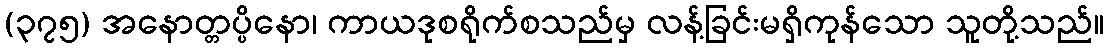
(၃၇၅) အနောတ္တပ္ပိနော၊ ကာယဒုစရိုက်စသည်မှ လန့်ခြင်းမရှိကုန်သော သူတို့သည်။